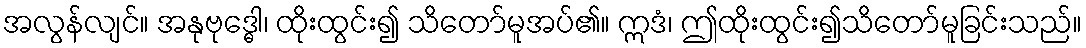
အလွန်လျင်။ အနုဗုဒ္ဓေါ၊ ထိုးထွင်း၍ သိတော်မူအပ်၏။ ဣဒံ၊ ဤထိုးထွင်း၍သိတော်မူခြင်းသည်။